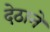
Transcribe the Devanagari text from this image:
देठाने